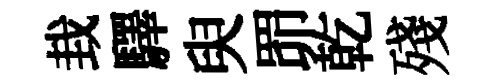
㘽驛臾𦊑乾殘